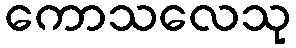
ကောသလေသု